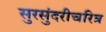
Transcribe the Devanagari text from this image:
सुरसुंदरीचरित्र